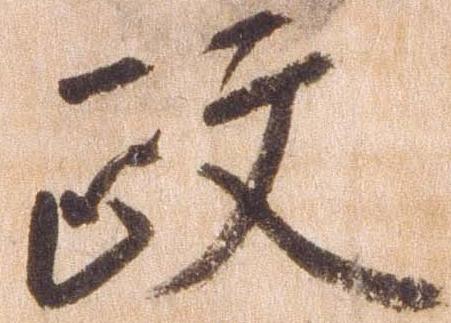
政